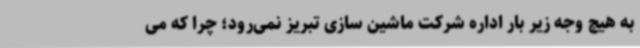
به هیچ وجه زیر بار اداره شرکت ماشین سازی تبریز نمی‌رود؛ چرا که می